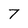
Character: 7